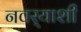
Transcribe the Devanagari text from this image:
नवर्‍याशी